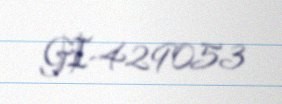
GI-429053